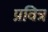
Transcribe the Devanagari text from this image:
प्रवित्र